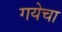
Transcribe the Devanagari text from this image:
गयेचा